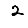
Digit: 2